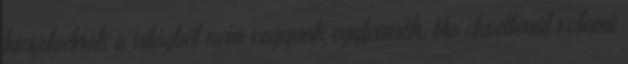
kiszaladnak a világból nem vagyunk egyformák. Ha okvetlenül valami